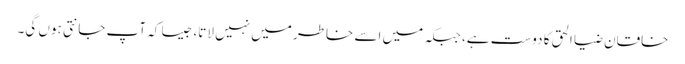
خاقان ضیا الحق کا دوست ہے، جبکہ میں اسے خاطر میں نہیں لاتا، جیسا کہ آپ جانتی ہوں گی۔